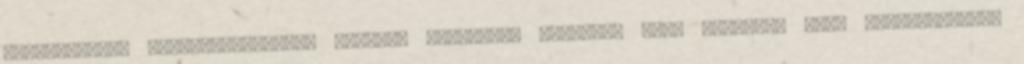
megkínoznám, megkatéterezlek. Pórázon vezetlek, talpamat kell nyalnod, majd sötétkamrámba